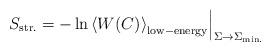
LaTeX: \begin{align*}\left.S_{\rm str.}=-\ln\left<W(C)\right>_{\rm low-energy}\right|_{\Sigma\to\Sigma_{\rm min.}}\end{align*}